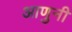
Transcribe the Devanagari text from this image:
आणुनी